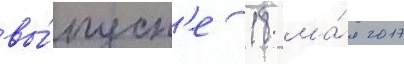
вы́пуск'е 18 ма́я 2017